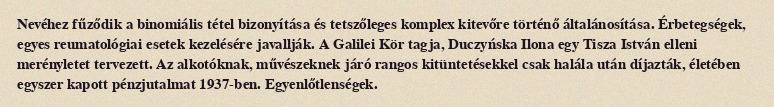
Nevéhez fűződik a binomiális tétel bizonyítása és tetszőleges komplex kitevőre történő általánosítása. Érbetegségek, egyes reumatológiai esetek kezelésére javallják. A Galilei Kör tagja, Duczyńska Ilona egy Tisza István elleni merényletet tervezett. Az alkotóknak, művészeknek járó rangos kitüntetésekkel csak halála után díjazták, életében egyszer kapott pénzjutalmat 1937-ben. Egyenlőtlenségek.